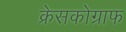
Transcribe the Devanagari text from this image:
क्रेसकोग्राफ